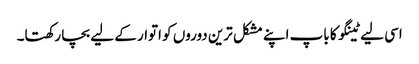
اسی لیے ٹینگو کا باپ اپنے مشکل ترین دوروں کو اتوار کے لیے بچا رکھتا۔